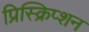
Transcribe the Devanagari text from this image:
प्रिस्क्रिप्शन